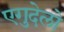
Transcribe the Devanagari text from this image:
एगुदेलो